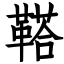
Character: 鞳